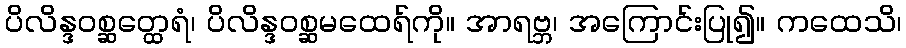
ပိလိန္ဒဝစ္ဆတ္ထေရံ၊ ပိလိန္ဒဝစ္ဆမထေရ်ကို။ အာရဗ္ဘ၊ အကြောင်းပြု၍။ ကထေသိ၊